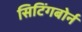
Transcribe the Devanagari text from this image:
सिटिंगबोर्न